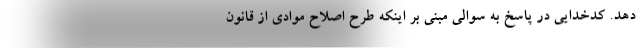
دهد. کدخدایی در پاسخ به سوالی مبنی بر اینکه طرح اصلاح موادی از قانون